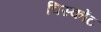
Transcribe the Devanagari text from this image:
विस्कोंट